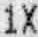
1X